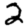
Digit: 2